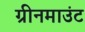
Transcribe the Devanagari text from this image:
ग्रीनमाउंट